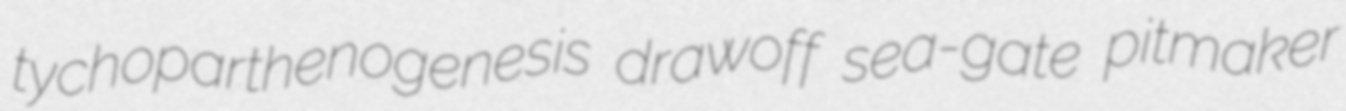
tychoparthenogenesis drawoff sea-gate pitmaker